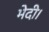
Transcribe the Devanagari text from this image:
भेदी।